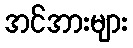
အင်အားများ